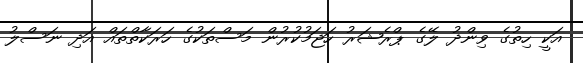
އަކީ ހިތުގެ ވިންދު ލޭގެ ޕްރެޝަރު ހަޖަމުކުރުން މަސްތަކުގެ ހަރަކާތްތައް އަދި ނަސްލު